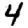
Digit: 4